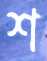
শ